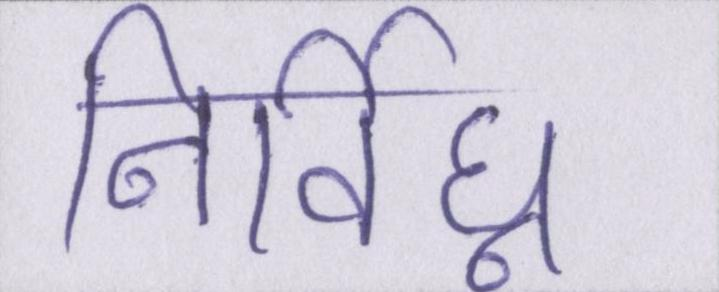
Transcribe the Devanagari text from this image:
निर्विघ्न